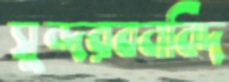
সুন্দরবনবিদ